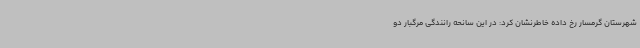
شهرستان گرمسار رخ داده خاطرنشان کرد: در این سانحه رانندگی مرگبار دو